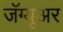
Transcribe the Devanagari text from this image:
जॅग्यूअर